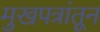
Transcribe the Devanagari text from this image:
मुखपत्रांतून